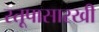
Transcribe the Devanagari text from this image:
स्तूपासारखी